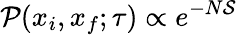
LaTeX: \mathcal{P}(x_{i},x_{f};\tau)\propto e^{-N\mathcal{S}}